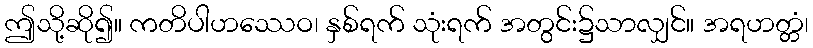
ဤသို့ဆို၍။ ကတိပါဟဿေဝ၊ နှစ်ရက် သုံးရက် အတွင်း၌သာလျှင်။ အရဟတ္တံ၊